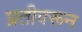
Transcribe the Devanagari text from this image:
प्रतीवरून